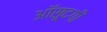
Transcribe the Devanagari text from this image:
आॅसूदगी